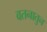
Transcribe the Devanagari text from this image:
वतनातुन